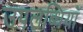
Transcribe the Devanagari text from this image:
उपलब्धियॉ